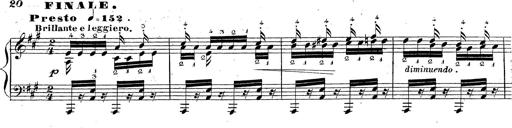
Title: Grande fantaisie sur la tyrolienne de l'opÃ©ra
Composer: Franz Liszt
Key: A major